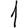
Digit: 1